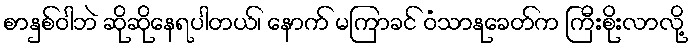
စာနှစ်ဝါဘဲ ဆိုဆိုနေရပါတယ်၊ နောက် မကြာခင် ဝံသာနုခေတ်က ကြီးစိုးလာလို့